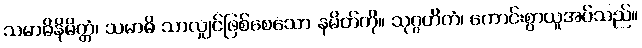
သမာဓိနိမိတ္တံ၊ သမာဓိ သာလျှင်ဖြစ်စေသော နမိတ်ကို။ သုဂ္ဂဟိတံ၊ ကောင်းစွာယူအပ်သည်။